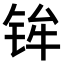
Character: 𫓴